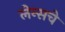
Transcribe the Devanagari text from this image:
लेन्सचे